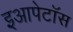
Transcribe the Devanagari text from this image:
इआपेटॉस